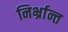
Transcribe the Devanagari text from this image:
निर्भ्रान्त